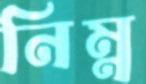
নিম্ন